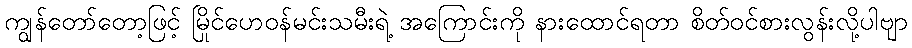
ကျွန်တော်တော့ဖြင့် မြိုင်ဟေဝန်မင်းသမီးရဲ့ အကြောင်းကို နားထောင်ရတာ စိတ်ဝင်စားလွန်းလို့ပါဗျာ